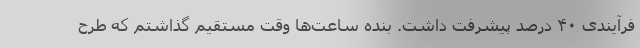
فرآیندی ۴۰ درصد پیشرفت داشت. بنده ساعت‌ها وقت مستقیم گذاشتم که طرح